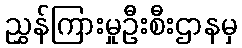
ညွှန်ကြားမှုဦးစီးဌာနမှ